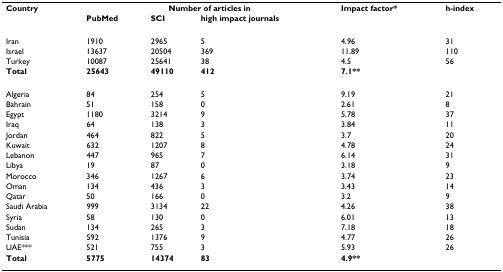
<table><thead><tr><td><b>Country</b></td><td colspan="3"><b>Number of articles in</b></td><td><b>Impact factor*</b></td><td><b>h-index</b></td></tr><tr><td></td><td><b>PubMed</b></td><td><b>SCI</b></td><td><b>high impact journals</b></td><td></td><td></td></tr></thead><tbody><tr><td>Iran</td><td>1910</td><td>2965</td><td>5</td><td>4.96</td><td>31</td></tr><tr><td>Israel</td><td>13637</td><td>20504</td><td>369</td><td>11.89</td><td>110</td></tr><tr><td>Turkey</td><td>10087</td><td>25641</td><td>38</td><td>4.5</td><td>56</td></tr><tr><td><b>Total</b></td><td><b>25643</b></td><td><b>49110</b></td><td><b>412</b></td><td><b>7.1**</b></td><td></td></tr><tr><td>Algeria</td><td>84</td><td>254</td><td>5</td><td>9.19</td><td>21</td></tr><tr><td>Bahrain</td><td>51</td><td>158</td><td>0</td><td>2.61</td><td>8</td></tr><tr><td>Egypt</td><td>1180</td><td>3214</td><td>9</td><td>5.78</td><td>37</td></tr><tr><td>Iraq</td><td>64</td><td>138</td><td>3</td><td>3.84</td><td>11</td></tr><tr><td>Jordan</td><td>464</td><td>822</td><td>5</td><td>3.7</td><td>20</td></tr><tr><td>Kuwait</td><td>632</td><td>1207</td><td>8</td><td>4.78</td><td>24</td></tr><tr><td>Lebanon</td><td>447</td><td>965</td><td>7</td><td>6.14</td><td>31</td></tr><tr><td>Libya</td><td>19</td><td>87</td><td>0</td><td>3.18</td><td>9</td></tr><tr><td>Morocco</td><td>346</td><td>1267</td><td>6</td><td>3.74</td><td>23</td></tr><tr><td>Oman</td><td>134</td><td>436</td><td>3</td><td>3.43</td><td>14</td></tr><tr><td>Qatar</td><td>50</td><td>166</td><td>0</td><td>3.2</td><td>9</td></tr><tr><td>Saudi Arabia</td><td>999</td><td>3134</td><td>22</td><td>4.26</td><td>38</td></tr><tr><td>Syria</td><td>58</td><td>130</td><td>0</td><td>6.01</td><td>13</td></tr><tr><td>Sudan</td><td>134</td><td>265</td><td>3</td><td>7.18</td><td>18</td></tr><tr><td>Tunisia</td><td>592</td><td>1376</td><td>9</td><td>4.77</td><td>26</td></tr><tr><td>UAE***</td><td>521</td><td>755</td><td>3</td><td>5.93</td><td>26</td></tr><tr><td><b>Total</b></td><td><b>5775</b></td><td><b>14374</b></td><td><b>83</b></td><td><b>4.9**</b></td><td></td></tr></tbody></table>